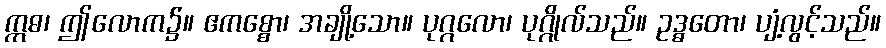
ဣဓ၊ ဤလောက၌။ ဧကစ္စော၊ အချို့သော။ ပုဂ္ဂလော၊ ပုဂ္ဂိုလ်သည်။ ဥဒ္ဓတော၊ ပျံ့လွင့်သည်။